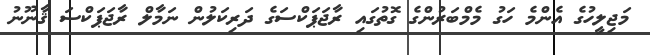
މަޖިލީހުގެ އެންމެ ހަގު މެމްބަރުންގެ ގޮތުގައި ރާޖަޕަކްސަގެ ދަރިކަލުން ނަމާލް ރާޖަޕަކްސަ ޤާނޫނު